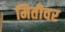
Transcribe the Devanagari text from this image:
मितीवर